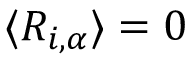
\langle R _ { i , \alpha } \rangle = 0